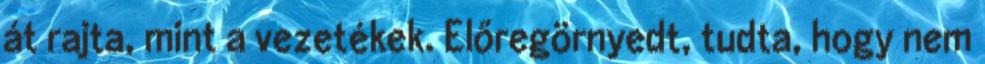
át rajta, mint a vezetékek. Előregörnyedt, tudta, hogy nem